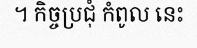
។ កិច្ចប្រជុំ កំពូល នេះ